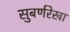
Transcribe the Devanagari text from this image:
सुबर्णरेखा